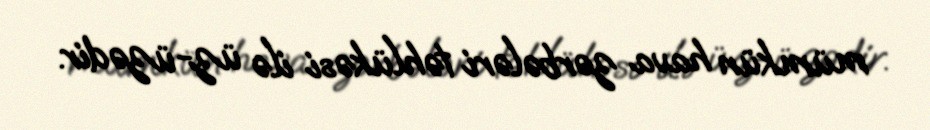
mümkün hava zərbələri təhlükəsi ilə üz-üzədir.